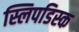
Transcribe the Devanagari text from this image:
स्लिपडिस्क